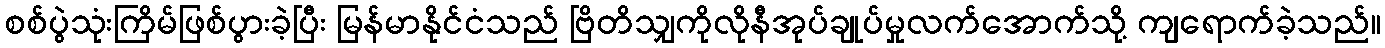
စစ်ပွဲသုံးကြိမ်ဖြစ်ပွားခဲ့ပြီး မြန်မာနိုင်ငံသည် ဗြိတိသျှကိုလိုနီအုပ်ချုပ်မှုလက်အောက်သို့ ကျရောက်ခဲ့သည်။